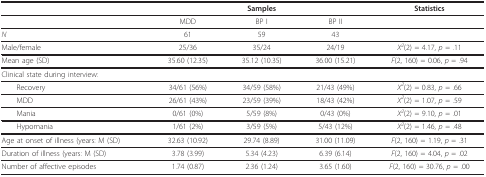
|  |  | Samples |  | Statistics |
 | --- | --- | --- | --- | --- |
 |  | MDD | BP I | BP II |  |
 | N | 61 | 59 | 43 |  |
 | Male/female | 25/36 | 35/24 | 24/19 | X2(2) = 4.17, p = .11 |
 | Mean age (SD) | 35.60 (12.35) | 35.12 (10.35) | 36.00 (15.21) | F(2, 160) = 0.06, p = .94 |
 | Clinical state during interview: |  |  |  |  |
 | Recovery | 34/61 (56%) | 34/59 (58%) | 21/43 (49%) | X2(2) = 0.83, p = .66 |
 | MDD | 26/61 (43%) | 23/59 (39%) | 18/43 (42%) | X2(2) = 1.07, p = .59 |
 | Mania | 0/61 (0%) | 5/59 (8%) | 0/43 (0%) | X2(2) = 9.10, p = .01 |
 | Hypomania | 1/61 (2%) | 3/59 (5%) | 5/43 (12%) | X2(2) = 1.46, p = .48 |
 | Age at onset of illness (years: M (SD) | 32.63 (10.92) | 29.74 (8.89) | 31.00 (11.09) | F(2, 160) = 1.19, p = .31 |
 | Duration of illness (years: M (SD) | 3.78 (3.99) | 5.34 (4.23) | 6.39 (6.14) | F(2, 160) = 4.04, p = .02 |
 | Number of affective episodes | 1.74 (0.87) | 2.36 (1.24) | 3.65 (1.60) | F(2, 160) = 30.76, p = .00 |